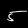
Label: 5